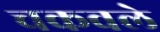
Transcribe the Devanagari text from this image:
चकवले